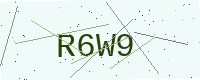
Text: R6W9